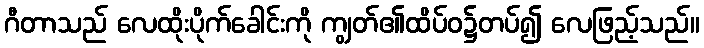
ဂီတာသည် လေထိုးပိုက်ခေါင်းကို ကျွတ်၏ထိပ်ဝ၌တပ်၍ လေဖြည့်သည်။